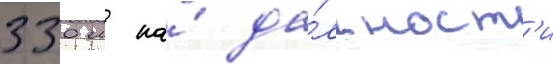
330 м на́ да́льност'и